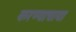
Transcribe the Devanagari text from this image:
करण्याचाया